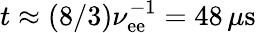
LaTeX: t\approx(8/3)\nu_{\mathrm{e}\mathrm{e}}^{-1}=48\, \mu\mathrm{{s}}